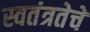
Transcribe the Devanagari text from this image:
स्वतंत्रतेचे